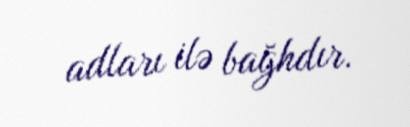
adları ilə bağhdır.